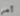
أمي